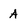
Character: A